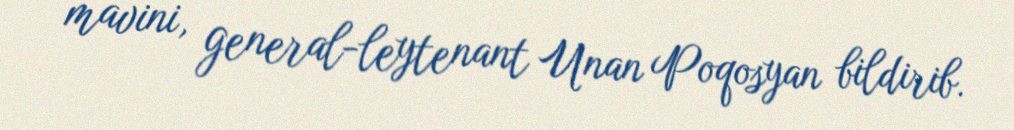
mavini, general-leytenant Unan Poqosyan bildirib.